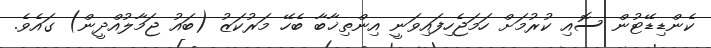
ކެންޑިޑޭޓުން ސޮއި ކުރުމަށް ހަމަޖެހިފައިވަނީ އިންތިޚާބާ ބެހޭ މަރުކަޒު (ބައު ޖަމާލުއްދީން) ގައެވެ.